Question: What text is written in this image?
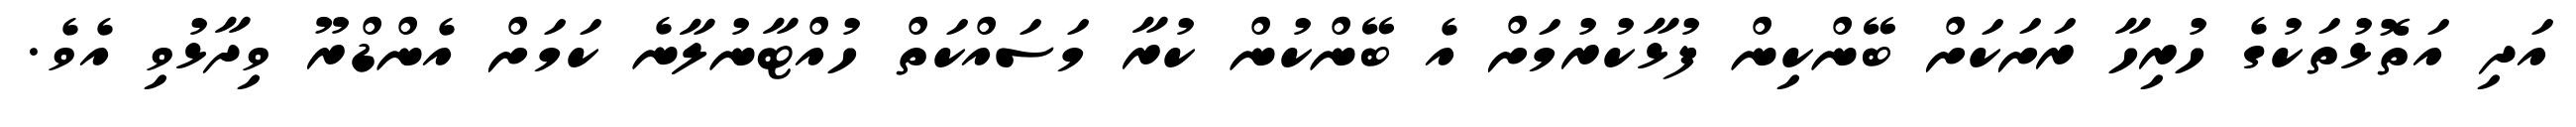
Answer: އަދި އަތޮޅުތަކުގެ ހުރިހާ ރަށަކަށް ބޭންކިން ފުޅާކުރުމަށް އެ ބޭންކުން ކުރާ މަސައްކަތް ހުއްޓާނުލާނެ ކަމަށް އެންޑްރޫ ވިދާޅުވި އެވެ.